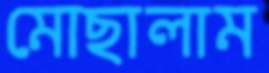
মোছালাম